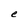
Character: e